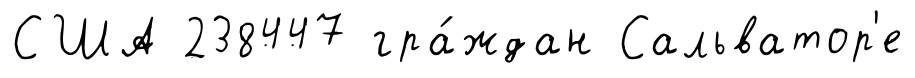
США 238447 гра́ждан Сальватор'е